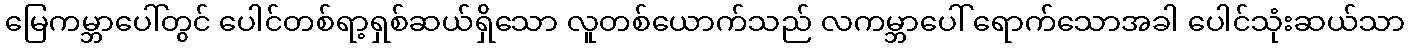
မြေကမ္ဘာပေါ်တွင် ပေါင်တစ်ရာ့ရှစ်ဆယ်ရှိသော လူတစ်ယောက်သည် လကမ္ဘာပေါ် ရောက်သောအခါ ပေါင်သုံးဆယ်သာ